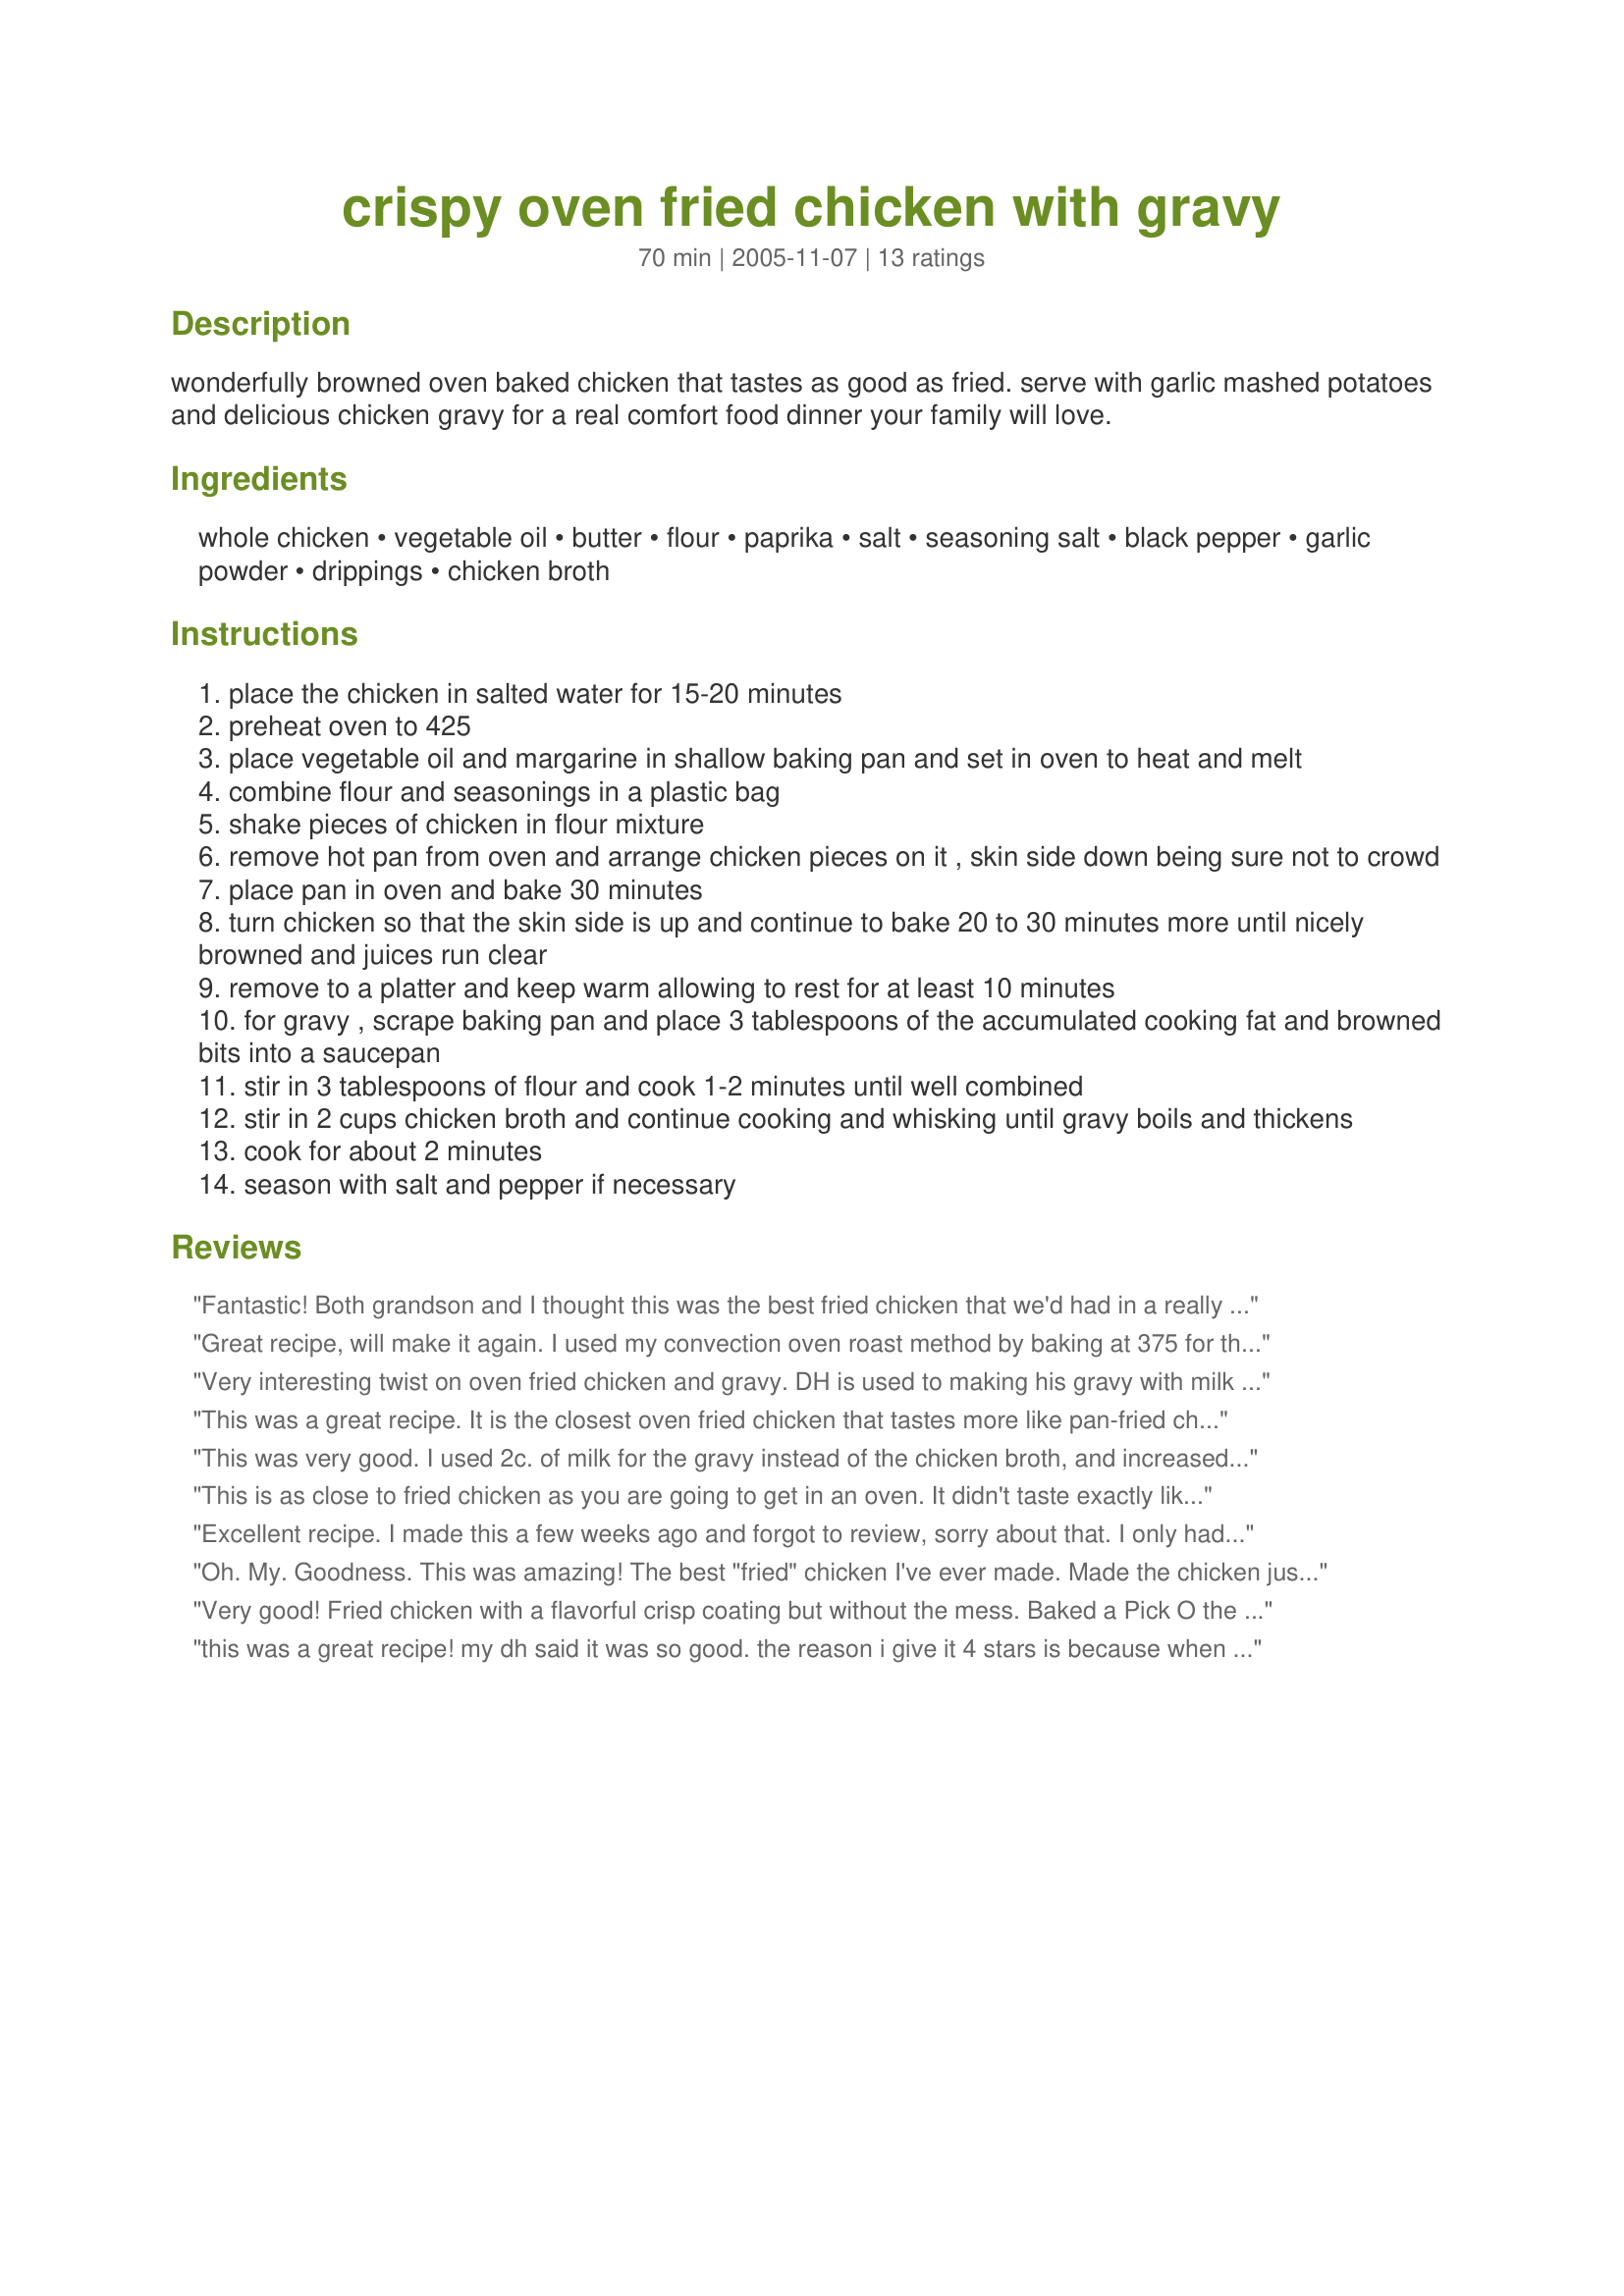
crispy oven fried chicken with gravy
Preparation time: 70 minutes

wonderfully browned oven baked chicken that tastes as good as fried. serve with garlic mashed potatoes and delicious chicken gravy for a real comfort food dinner your family will love.

Ingredients:
whole chicken, vegetable oil, butter, flour, paprika, salt, seasoning salt, black pepper, garlic powder, drippings, chicken broth

Steps:
place the chicken in salted water for 15-20 minutes
preheat oven to 425
place vegetable oil and margarine in shallow baking pan and set in oven to heat and melt
combine flour and seasonings in a plastic bag
shake pieces of chicken in flour mixture
remove hot pan from oven and arrange chicken pieces on it , skin side down being sure not to crowd
place pan in oven and bake 30 minutes
turn chicken so that the skin side is up and continue to bake 20 to 30 minutes more until nicely browned and juices run clear
remove to a platter and keep warm allowing to rest for at least 10 minutes
for gravy , scrape baking pan and place 3 tablespoons of the accumulated cooking fat and browned bits into a saucepan
stir in 3 tablespoons of flour and cook 1-2 minutes until well combined
stir in 2 cups chicken broth and continue cooking and whisking until gravy boils and thickens
cook for about 2 minutes
season with salt and pepper if necessary

Reviews:
Fantastic! Both grandson and I thought this was the best fried chicken that we'd had in a really long time! The skin came out so crispy while the meat was so moist and juicy. We like milk gravy, so I used milk instead of broth. This is going into my Best of 2010 Cookbook. Thanks Marie for sharing such a great recipe. Made for Cookbook Tag.
Great recipe, will make it again. I used my convection oven roast method by baking at 375 for thirty min. and then twenty on the other side. Next time, I will try twenty and twenty. I&#039;m still adjusting to using convection cooking. Or try it at 350 for thirty and twenty five. The gravy was excellent , I used a little extra flour and cream along with the chicken broth. Thank You for posting.
Very interesting twist on oven fried chicken and gravy. DH is used to making his gravy with milk so it was quite the new adventure to make it with chicken stock. Thanks, Marie! Made for Best of 2011 Cookbook tag game as recommended by Life Is Good.
This was a great recipe. It is the closest oven fried chicken that tastes more like pan-fried chicken. It was super easy. My family prefers cream gravy, so I substituted cream for 1/2 of the chicken broth. I will make this again.
This was very good. I used 2c. of milk for the gravy instead of the chicken broth, and increased the drippings from 3 tbs. to 5 tbs. to increase the flavor. Will definately make again. Thank you for sharing.
This is as close to fried chicken as you are going to get in an oven. It didn't taste exactly like pan fried chicken but I really didn't expect it to. I've tried many other oven fried chicken recipes and never been happy with them till now. This was super easy even a beginner could handle it. The key is to really add lots of seasoning, more than you think you'll need. All in all this was a great recipe that I think I'll make again and again. I do wish it were healthier but I can't complain when it comes this close to the real thing. I do want to add that my chicken skin didn't get as crispy as real fried chicken. I'm not sure if that was my error or if that's normal for this recipe. That's the only reason I rated it four stars instead of five. Hopefully after more attempts at this I'll get that crispy skin!
Excellent recipe. I made this a few weeks ago and forgot to review, sorry about that. I only had 2 small changes ... I added a few red pepper flakes to the flour mix. I just wanted a bit more spice, but that didn't change the outcome. The chicken was crisp tender and very good.<br/><br/>Loved the gravy, I just added a little white wine to the drippings, but otherwise, followed the recipe.<br/><br/>Served with spuds and roasted green beans. Great recipe!! And very easy.
Oh. My. Goodness. This was amazing! The best "fried" chicken I've ever made. Made the chicken just as directed and it turned out crispy and perfect and delicious! Thanks for a new KEEPER recipe!! :-)
Very good! Fried chicken with a flavorful crisp coating but without the mess. Baked a Pick O the Chick assortment the full hour which was probably too much, so next time I'd cut down the time and remove the smaller pieces a little earlier. Served with mashed potatoes, green beans with ham, biscuits, peach cobbler, and sweet tea for Sunday dinner. Yum, yum! Thanks for sharing the recipe!
this was a great recipe! my dh said it was so good. <br/>the reason i give it 4 stars is because when i put the pan with the butter and oil in the oven- the butter started to burn- and smell. maybe it was because i used olive oil instead of veg oil...<br/>the butter, drippings, oil mixture was too burnt smelling that i decided not to make the gravy out of it. other than that chicken was good!
This tasted just like fried chicken but without the mess. I used bone-in chicken breasts. Very tasty - great Sunday dinner.
This was really good. I used smoked paprika instead of regular paprika. The chicken was crispy, tender and moist. I didn't make the gravy. I served this with buttered french style green beans and french fries. Next time I will add some ground red pepper also. I will be making this again and again. Thanks for posting.
This was deeeeeeeelicious! I make a similar oven fried chicken, but this one had a few differences plus the addition of gravy. We all loved the outcome. The chicken was crispy on the outside, moist on the inside and had a wonderful flavor. I served this with mashed potatoes, as suggested, so that gravy could be put to good use! This will be going into my best cookbook file. Yum! ~Recommended by lazyme in the Best of 2010 tag~
